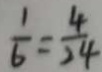
\frac { 1 } { 6 } = \frac { 4 } { 2 4 }